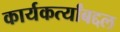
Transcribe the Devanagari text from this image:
कार्यकर्त्यांबद्दल